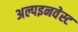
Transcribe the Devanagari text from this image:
अल्पइनवेस्ट